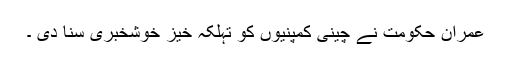
عمران حکومت نے چینی کمپنیوں کو تہلکہ خیز خوشخبری سنا دی ۔